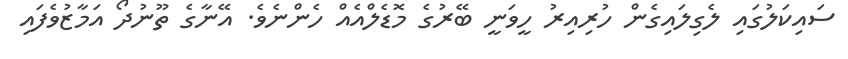
ސައިކަލުގައި ލެގިލައިގެން ހުރިއިރު ހީވަނީ ބޭރުގެ މޮޑެލްއެއް ހެންނެވެ. އޭނާގެ ތޫނުދޯ އަމާޒުވެފައި